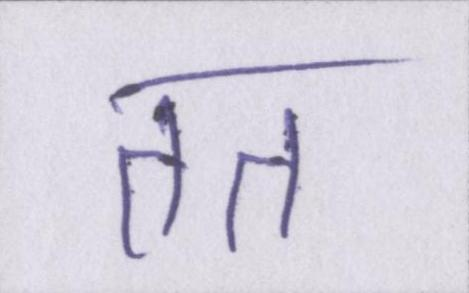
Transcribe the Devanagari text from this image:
तत